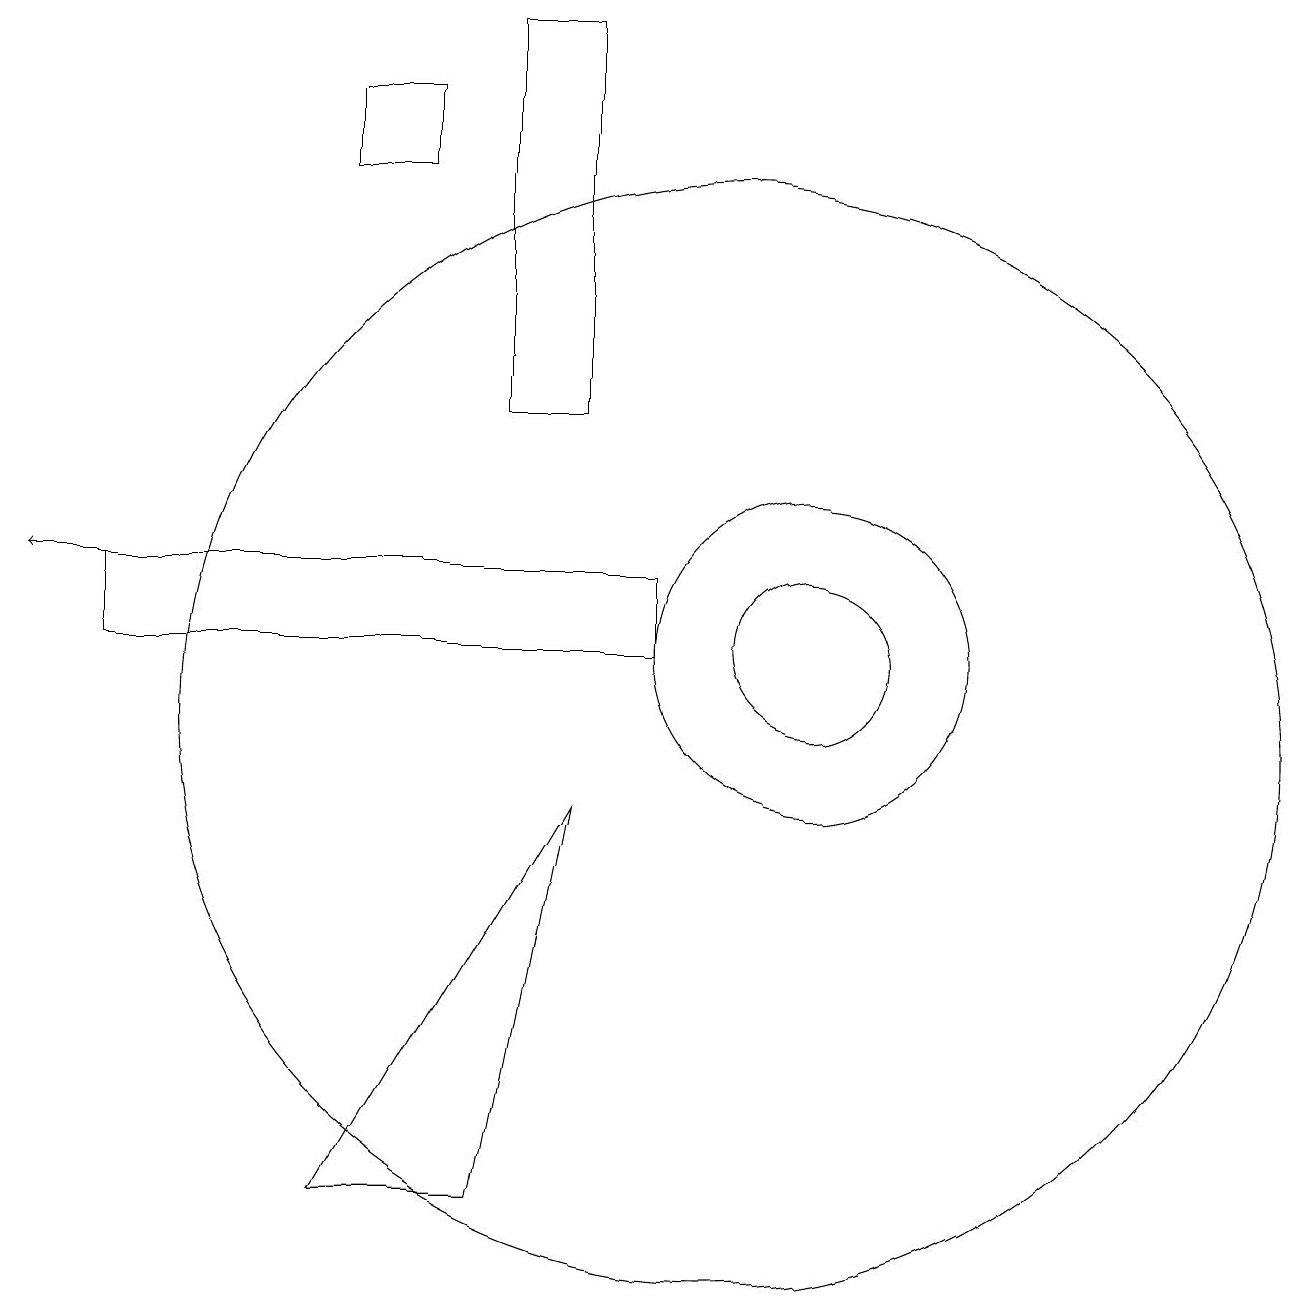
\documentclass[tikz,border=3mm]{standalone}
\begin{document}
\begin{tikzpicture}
\draw (2,11) rectangle (9,12);
\draw (11,11) circle (1);
\draw (5,4) -- (7,4) -- (8,9) -- cycle;
\draw (7,14) rectangle (8,19);
\draw (11,11) circle (2);
\draw (10,10) circle (7);
\draw (5,17) rectangle (6,18);
\draw[->] (5,12) -- (1,12);
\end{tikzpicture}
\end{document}